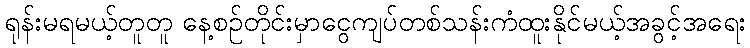
ရုန်းမရမယ့်တူတူ နေ့စဉ်တိုင်းမှာငွေကျပ်တစ်သန်းကံထူးနိုင်မယ့်အခွင့်အရေး